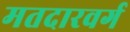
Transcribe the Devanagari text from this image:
मतदारवर्ग